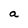
Character: a